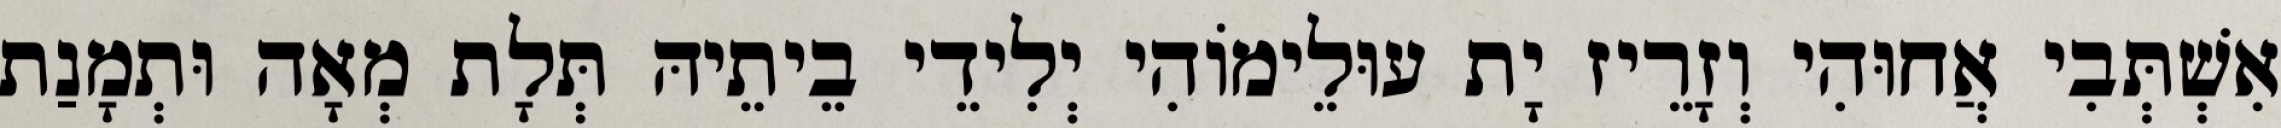
אִשְׁתְּבִי אֲחוּהִי וְזָרֵיז יָת עוּלֵימוֹהִי יְלִידֵי בֵיתֵיהּ תְּלָת מְאָה וּתְמָנַת